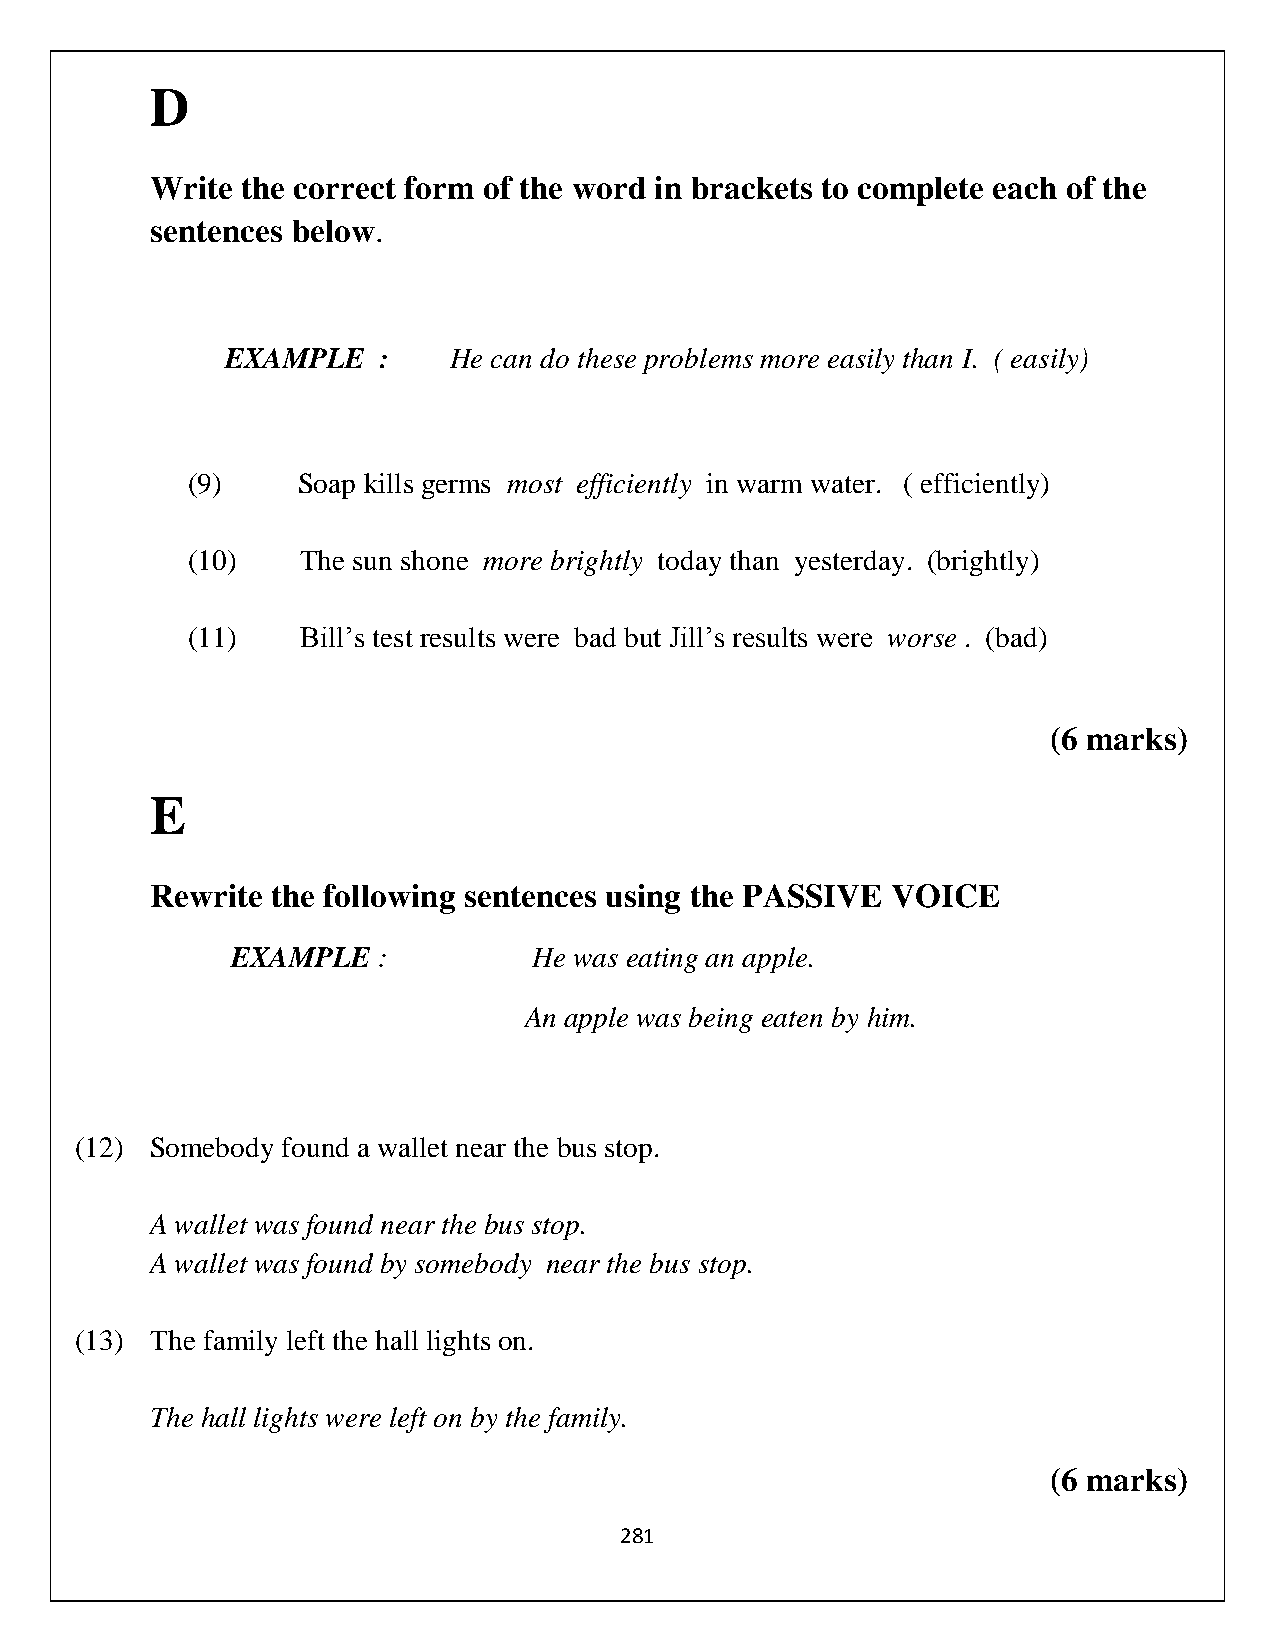
D
 Write the correct form of the word in brackets to complete each of the
 sentences below.
 EXAMPLE   :    He can do these problems more easily than I. ( easily)
 (9)     Soap kills germs most efficiently in warm water. ( efficiently)
 (10)    The sun shone more brightly today than yesterday. (brightly)
 (11)    Bill’s test results were bad but Jill’s results were worse . (bad)
 (6 marks)
 E
 Rewrite the following sentences using the PASSIVE VOICE
 EXAMPLE   :         He was eating an apple.
 An apple was being eaten by him.
 (12) Somebody found a wallet near the bus stop.
 A wallet was found near the bus stop.
 A wallet was found by somebody near the bus stop.
 (13) The family left the hall lights on.
 The hall lights were left on by the family.
 (6 marks)
 281